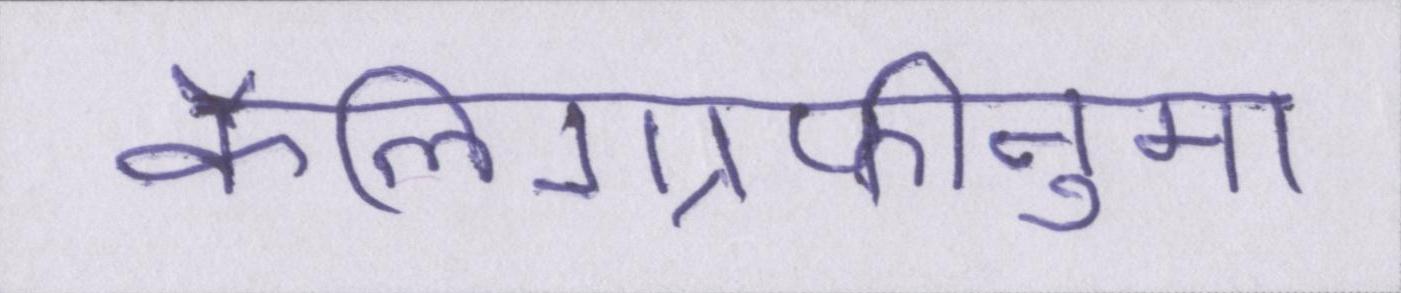
कैलिग्राफीनुमा